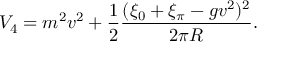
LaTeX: V _ { 4 } = m ^ { 2 } v ^ { 2 } + { \frac { 1 } { 2 } } { \frac { ( \xi _ { 0 } + \xi _ { \pi } - g v ^ { 2 } ) ^ { 2 } } { 2 \pi R } } .